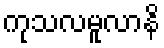
ကုသလမူလာနိ